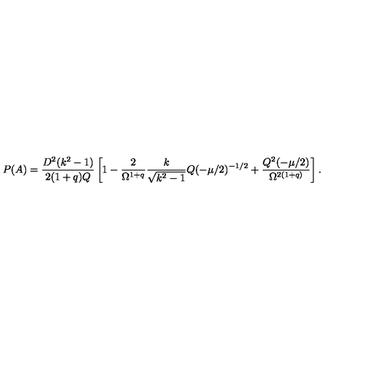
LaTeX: P ( A ) = \frac { D ^ { 2 } ( k ^ { 2 } - 1 ) } { 2 ( 1 + q ) Q } \left[ 1 - \frac { 2 } { \Omega ^ { 1 + q } } \frac { k } { \sqrt { k ^ { 2 } - 1 } } Q ( - \mu / 2 ) ^ { - 1 / 2 } + \frac { Q ^ { 2 } ( - \mu / 2 ) } { \Omega ^ { 2 ( 1 + q ) } } \right] .